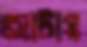
আটায়